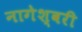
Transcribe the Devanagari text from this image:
नागेश्वरी